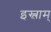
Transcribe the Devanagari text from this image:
इस्लाम्